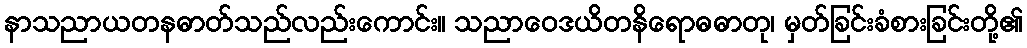
နာသညာယတနဓာတ်သည်လည်းကောင်း။ သညာဝေဒယိတနိရောဓဓာတု၊ မှတ်ခြင်းခံစားခြင်းတို့၏